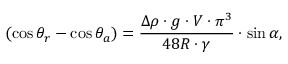
( \cos \theta _ { r } - \cos \theta _ { a } ) = \frac { \Delta \rho \cdot g \cdot V \cdot { \pi ^ { 3 } } } { 4 8 R \cdot \gamma } \cdot \sin \alpha ,